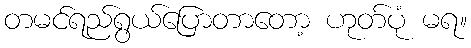
တမင်ရည်ရွယ်ပြောတာတော့ ဟုတ်ပုံ မရ။